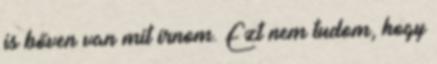
is bőven van mit írnom. Ezt nem tudom, hogy